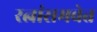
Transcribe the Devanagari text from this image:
रत्नांसमवेत